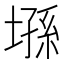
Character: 𰊘